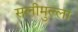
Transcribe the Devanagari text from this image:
सलीमुल्ला